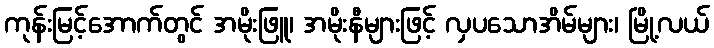
ကုန်းမြင့်အောက်တွင် အမိုးဖြူ၊ အမိုးနီများဖြင့် လှပသောအိမ်များ၊ မြို့လယ်